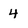
Character: 4